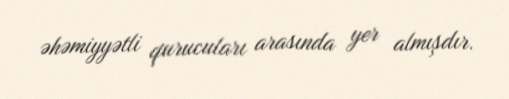
əhəmiyyətli qurucuları arasında yer almışdır.